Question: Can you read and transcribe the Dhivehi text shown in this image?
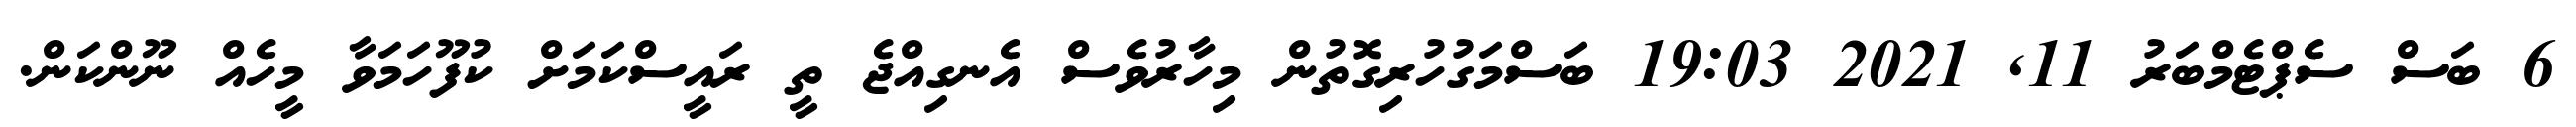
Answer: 6 ބަސް ސެޕްޓެމްބަރު 11, 2021 19:03 ބަސްމަގުހުރިގޮތުން މިހާރުވެސް އެނގިއްޖެ ތީ ރައީސްކަމަށް ކުފޫހަމަވާ މީހެއް ނޫންކަން.